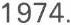
1974.